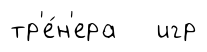
тр'е́н'ера игр